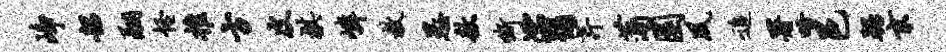
峥韶翮怪推方皮棋嶙教愚敖嘶濡弥芹蒲圜夙追署唾邑踞京